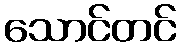
သောင်တင်